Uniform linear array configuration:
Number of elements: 16
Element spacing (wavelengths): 0.5
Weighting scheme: blackman
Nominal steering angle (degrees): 30
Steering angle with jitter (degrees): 30.1
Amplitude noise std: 0.05
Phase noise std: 0.05

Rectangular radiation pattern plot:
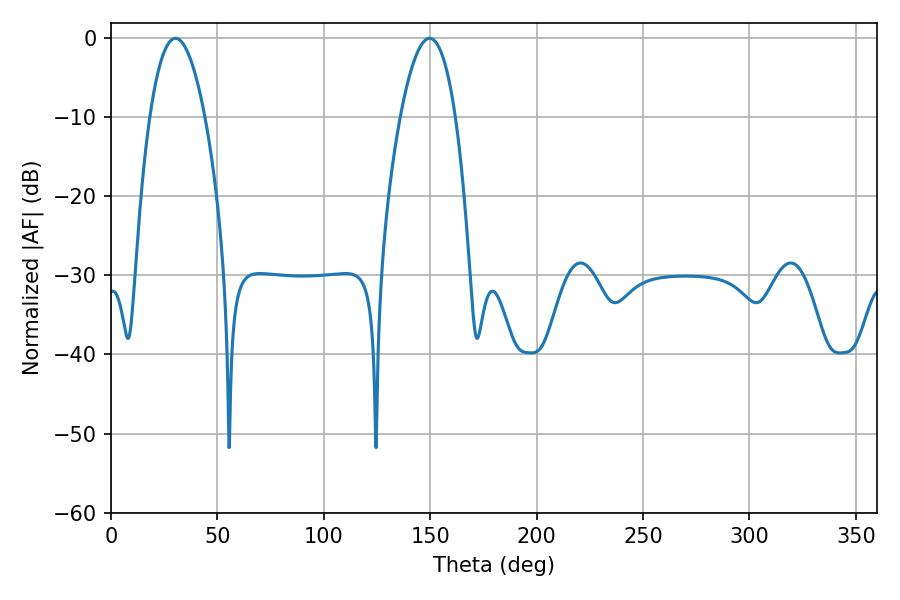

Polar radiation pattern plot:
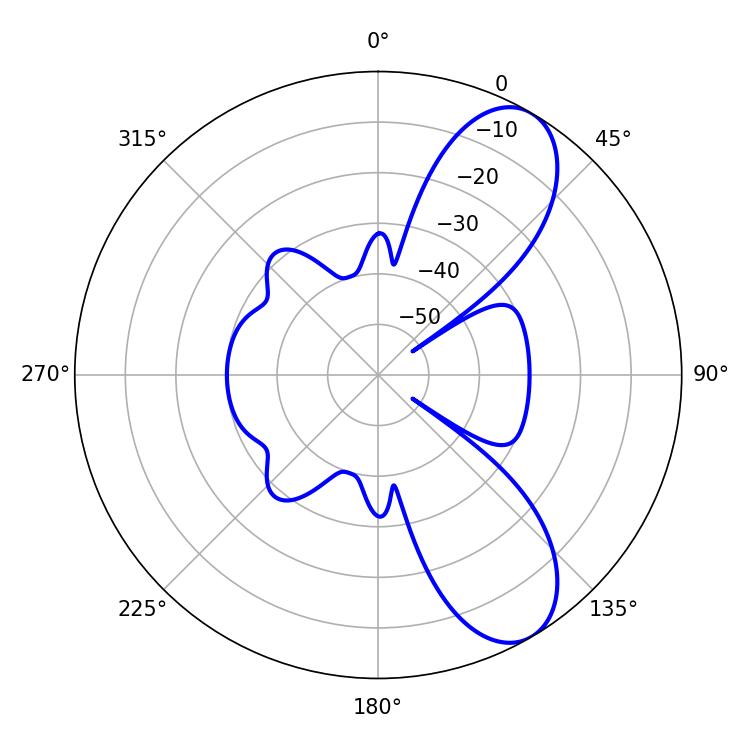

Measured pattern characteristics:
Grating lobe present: FALSE
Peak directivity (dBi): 8.678
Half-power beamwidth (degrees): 14.22
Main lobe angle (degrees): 30.24